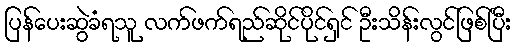
ပြန်ပေးဆွဲခံရသူ လက်ဖက်ရည်ဆိုင်ပိုင်ရှင် ဦးသိန်းလွင်ဖြစ်ပြီး